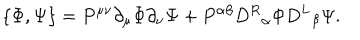
\{ \Phi , \Psi \} = P ^ { \mu \nu } \partial _ { \mu } \Phi \partial _ { \nu } \Psi + P ^ { \alpha \beta } { D ^ { R } } _ { \alpha } \Phi { D ^ { L } } _ { \beta } \Psi .